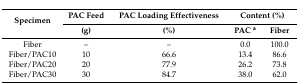
<table><thead><tr><td rowspan="2"><b>Specimen</b></td><td><b>PAC Feed</b></td><td><b>PAC Loading Effectiveness</b></td><td colspan="2"><b>Content (%)</b></td></tr><tr><td><b>(g)</b></td><td><b>(%)</b></td><td><b>PAC <sup>a</sup></b></td><td><b>Fiber</b></td></tr></thead><tbody><tr><td>Fiber</td><td>–</td><td>–</td><td>0.0</td><td>100.0</td></tr><tr><td>Fiber/PAC10</td><td>10</td><td>66.6</td><td>13.4</td><td>86.6</td></tr><tr><td>Fiber/PAC20</td><td>20</td><td>77.9</td><td>26.2</td><td>73.8</td></tr><tr><td>Fiber/PAC30</td><td>30</td><td>84.7</td><td>38.0</td><td>62.0</td></tr></tbody></table>